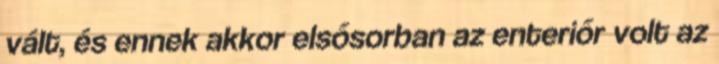
vált, és ennek akkor elsősorban az enteriőr volt az